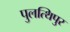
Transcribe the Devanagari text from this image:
पुलत्थिपुर